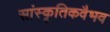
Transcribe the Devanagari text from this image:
सांस्कृतिकवैभव